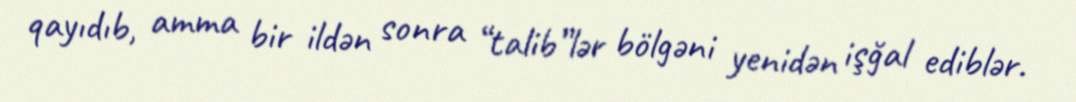
qayıdıb, amma bir ildən sonra “talib”lər bölgəni yenidən işğal ediblər.